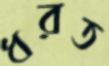
ধরত